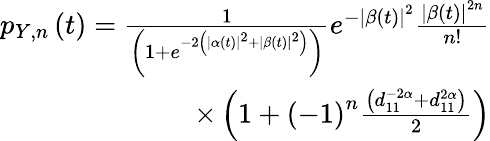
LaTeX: \begin{array}{r}{p_{Y,n}\left(t\right)=\frac{1}{\left(1+e^{-2\left(\left|\alpha\left(t\right)\right|^{2}+\left|\beta\left(t\right)\right|^{2}\right)}\right)}e^{-\left|\beta\left(t\right)\right|^{2}}\frac{\left|\beta\left(t\right)\right|^{2n}}{n!}}\\ {\times\left(1+\left(-1\right)^{n}\frac{\left(d_{11}^{-2\alpha}+d_{11}^{2\alpha}\right)}{2}\right)}\end{array}